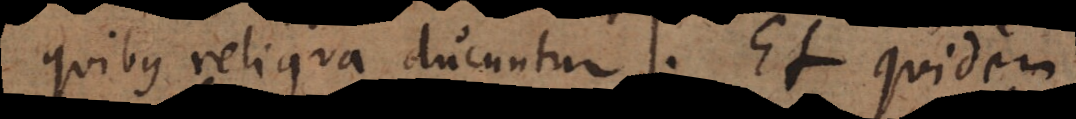
quibus reliqua ducuntur. Et quidem